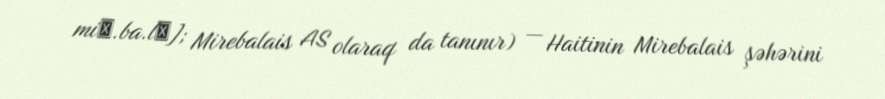
miʁ.ba.lɛ]; Mirebalais AS olaraq da tanınır) — Haitinin Mirebalais şəhərini